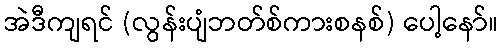
အဲဒီကျရင် (လွန်းပျံဘတ်စ်ကားစနစ်) ပေါ့နော်။